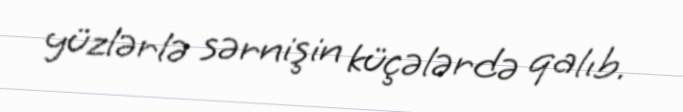
yüzlərlə sərnişin küçələrdə qalıb.